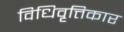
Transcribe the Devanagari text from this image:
विधिवृत्तिकार